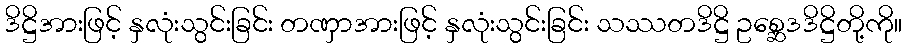
ဒိဋ္ဌိအားဖြင့် နှလုံးသွင်းခြင်း တဏှာအားဖြင့် နှလုံးသွင်းခြင်း သဿတဒိဋ္ဌိ ဥစ္ဆေဒဒိဋ္ဌိတို့ကို။